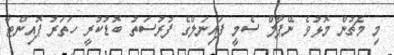
މި މެޗުން މޮޅުވެ ނޭޕާލް ސެމީ ފައިނަލްގެ ފުރުސަތު ބޮޑުކުރީ ހަތަރު ޕޮއިންޓާ